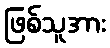
ဖြစ်သူအား